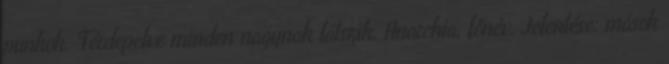
punkok. Térdepelve minden nagynak látszik. Anarchia, főnév. Jelentése: mások